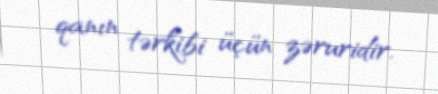
qanın tərkibi üçün zəruridir.